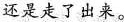
还是走了出来。